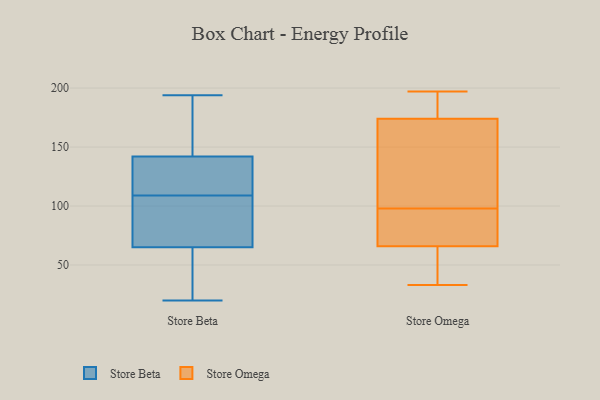
{"axis": {"x": "Latency (ms)", "y": "Value"}, "legend": ["Store Beta", "Store Omega"], "data": [{"x": "", "y": 133, "type": "Store Beta"}, {"x": "", "y": 89, "type": "Store Beta"}, {"x": "", "y": 175, "type": "Store Beta"}, {"x": "", "y": 109, "type": "Store Beta"}, {"x": "", "y": 108, "type": "Store Beta"}, {"x": "", "y": 108, "type": "Store Beta"}, {"x": "", "y": 118, "type": "Store Beta"}, {"x": "", "y": 126, "type": "Store Beta"}, {"x": "", "y": 145, "type": "Store Beta"}, {"x": "", "y": 42, "type": "Store Beta"}, {"x": "", "y": 194, "type": "Store Beta"}, {"x": "", "y": 103, "type": "Store Beta"}, {"x": "", "y": 57, "type": "Store Beta"}, {"x": "", "y": 151, "type": "Store Beta"}, {"x": "", "y": 47, "type": "Store Beta"}, {"x": "", "y": 192, "type": "Store Beta"}, {"x": "", "y": 20, "type": "Store Beta"}, {"x": "", "y": 129, "type": "Store Beta"}, {"x": "", "y": 30, "type": "Store Beta"}, {"x": "", "y": 196, "type": "Store Omega"}, {"x": "", "y": 39, "type": "Store Omega"}, {"x": "", "y": 108, "type": "Store Omega"}, {"x": "", "y": 195, "type": "Store Omega"}, {"x": "", "y": 61, "type": "Store Omega"}, {"x": "", "y": 181, "type": "Store Omega"}, {"x": "", "y": 85, "type": "Store Omega"}, {"x": "", "y": 104, "type": "Store Omega"}, {"x": "", "y": 82, "type": "Store Omega"}, {"x": "", "y": 182, "type": "Store Omega"}, {"x": "", "y": 153, "type": "Store Omega"}, {"x": "", "y": 51, "type": "Store Omega"}, {"x": "", "y": 84, "type": "Store Omega"}, {"x": "", "y": 143, "type": "Store Omega"}, {"x": "", "y": 197, "type": "Store Omega"}, {"x": "", "y": 81, "type": "Store Omega"}, {"x": "", "y": 42, "type": "Store Omega"}, {"x": "", "y": 33, "type": "Store Omega"}, {"x": "", "y": 98, "type": "Store Omega"}]}